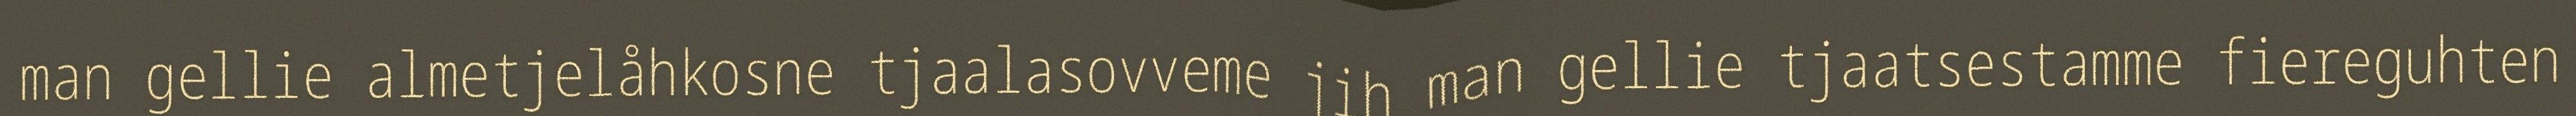
man gellie almetjelåhkosne tjaalasovveme jih man gellie tjaatsestamme fiereguhten